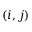
( i , j )